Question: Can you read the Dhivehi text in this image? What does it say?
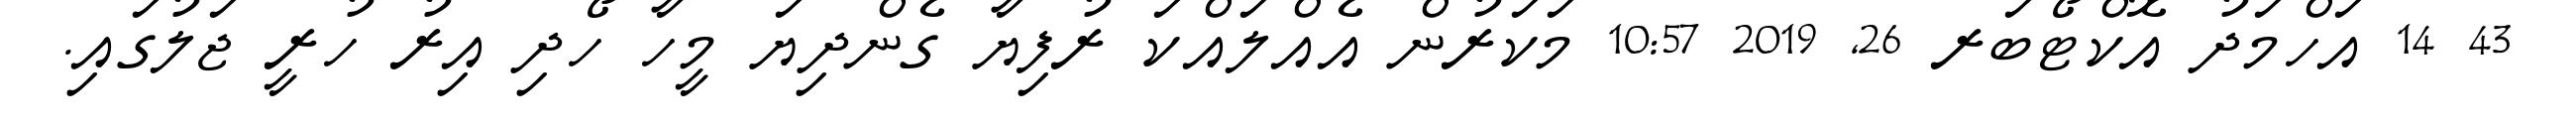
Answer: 43 14 އަހްމަދު އޮކްޓޯބަރ 26, 2019 10:57 މަކަރުން އެއްލައްކަ ރުފިޔާ ގެންދިޔަ މީހާ ހޯދި އިރު ހުރީ ޖަލުގައި.